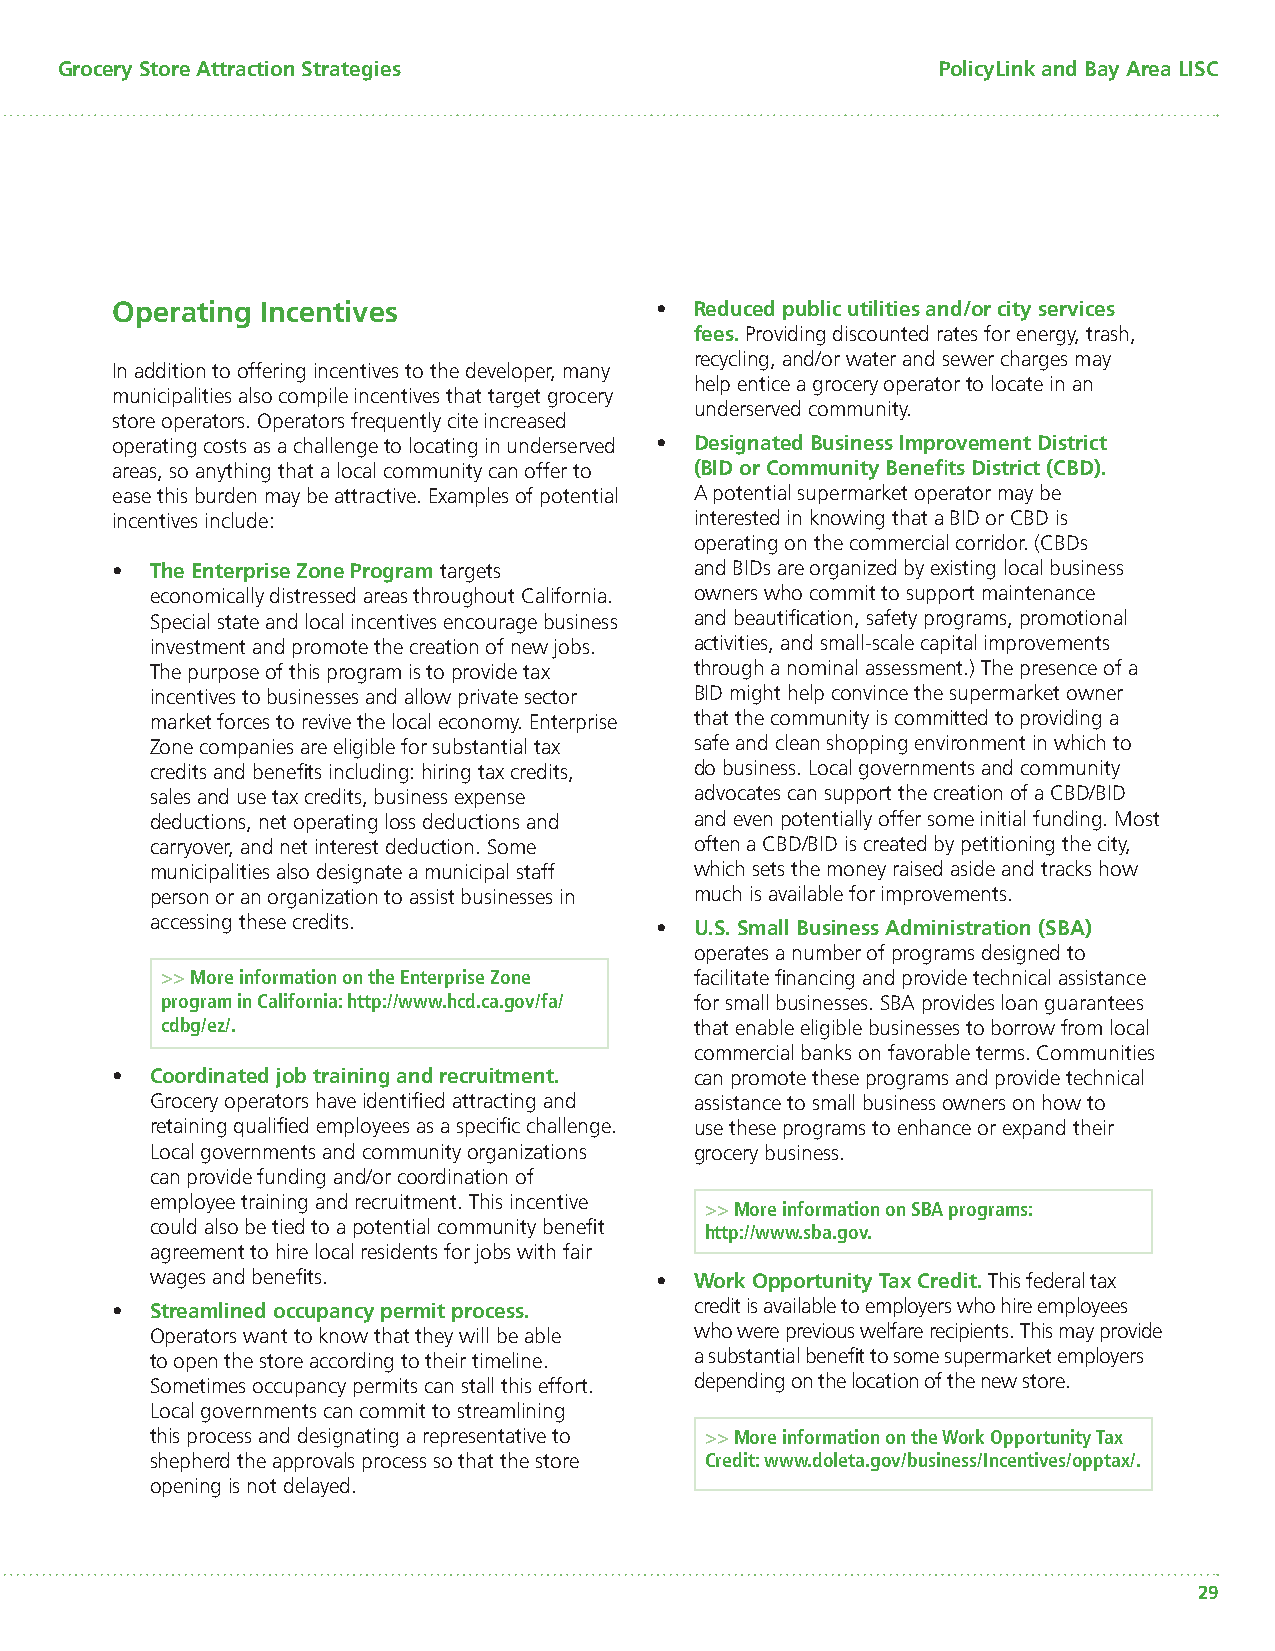
Grocery Store Attraction Strategies                       PolicyLink and Bay Area LISC
 Operating Incentives                •  Reduced public utilities and/or city services
 fees. Providing discounted rates for energy, trash,
 recycling, and/or water and sewer charges may
 In addition to offering incentives to the developer, many
 help entice a grocery operator to locate in an
 municipalities also compile incentives that target grocery
 underserved community.
 store operators. Operators frequently cite increased
 operating costs as a challenge to locating in underserved • Designated Business Improvement District
 areas, so anything that a local community can offer to (BID or Community Benefi ts District (CBD).
 ease this burden may be attractive. Examples of potential A potential supermarket operator may be
 incentives include:                    interested in knowing that a BID or CBD is
 operating on the commercial corridor. (CBDs
 •  The Enterprise Zone Program targets and BIDs are organized by existing local business
 economically distressed areas throughout California. owners who commit to support maintenance
 Special state and local incentives encourage business and beautifi cation, safety programs, promotional
 investment and promote the creation of new jobs. activities, and small-scale capital improvements
 The purpose of this program is to provide tax through a nominal assessment.) The presence of a
 incentives to businesses and allow private sector BID might help convince the supermarket owner
 market forces to revive the local economy. Enterprise that the community is committed to providing a
 Zone companies are eligible for substantial tax safe and clean shopping environment in which to
 credits and benefi ts including: hiring tax credits, do business. Local governments and community
 sales and use tax credits, business expense advocates can support the creation of a CBD/BID
 deductions, net operating loss deductions and and even potentially offer some initial funding. Most
 carryover, and net interest deduction. Some often a CBD/BID is created by petitioning the city,
 municipalities also designate a municipal staff which sets the money raised aside and tracks how
 person or an organization to assist businesses in much is available for improvements.
 accessing these credits.         •  U.S. Small Business Administration (SBA)
 operates a number of programs designed to
 >> More information on the Enterprise Zone facilitate fi nancing and provide technical assistance
 program in California: http://www.hcd.ca.gov/fa/ for small businesses. SBA provides loan guarantees
 cdbg/ez/.                          that enable eligible businesses to borrow from local
 commercial banks on favorable terms. Communities
 •  Coordinated job training and recruitment. can promote these programs and provide technical
 Grocery operators have identifi ed attracting and assistance to small business owners on how to
 retaining qualifi ed employees as a specifi c challenge. use these programs to enhance or expand their
 Local governments and community organizations grocery business.
 can provide funding and/or coordination of
 employee training and recruitment. This incentive
 >> More information on SBA programs:
 could also be tied to a potential community benefi t http://www.sba.gov.
 agreement to hire local residents for jobs with fair
 wages and benefi ts.             •  Work Opportunity Tax Credit. This federal tax
 •  Streamlined occupancy permit process. credit is available to employers who hire employees
 Operators want to know that they will be able who were previous welfare recipients. This may provide
 to open the store according to their timeline. a substantial benefi t to some supermarket employers
 Sometimes occupancy permits can stall this effort. depending on the location of the new store.
 Local governments can commit to streamlining
 this process and designating a representative to >> More information on the Work Opportunity Tax
 shepherd the approvals process so that the store Credit: www.doleta.gov/business/Incentives/opptax/.
 opening is not delayed.
 29